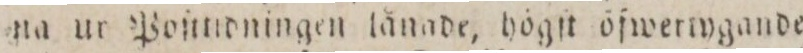
na ur Ponndningen lånade, högſt öfwertygande